Leprosy in India: report of the Leprosy Commission in India, 1890-91
Year: 1890
Disease focus: Leprosy
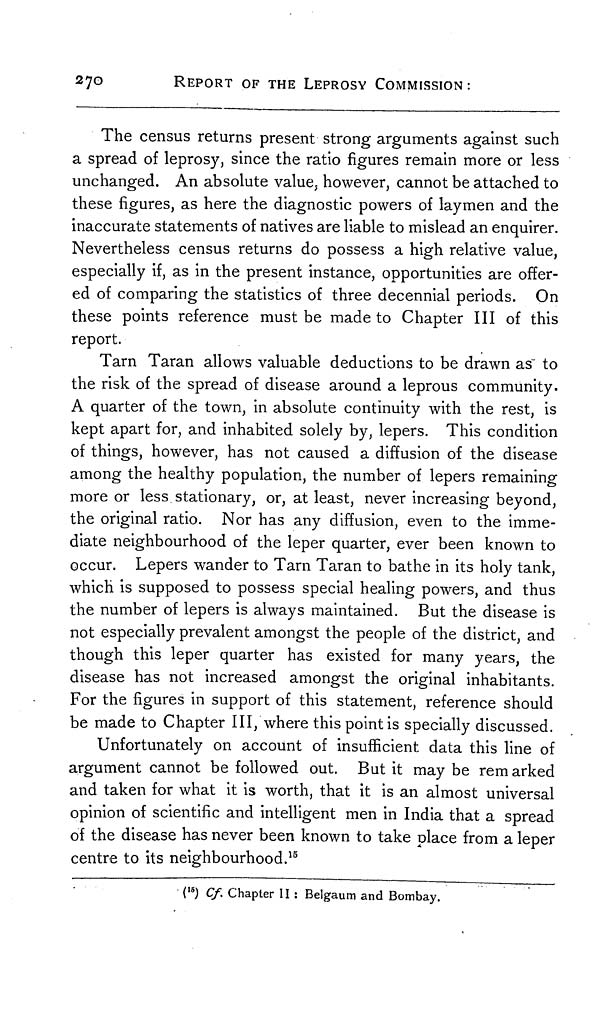
270
REPORT OF THE LEPROSY COMMISSION:
The census returns present strong arguments against such
a spread of leprosy, since the ratio figures remain more or less
unchanged. An absolute value, however, cannot be attached to
these figures, as here the diagnostic powers of laymen and the
inaccurate statements of natives are liable to mislead an enquirer.
Nevertheless census returns do possess a high relative value,
especially if, as in the present instance, opportunities are offer-
ed of comparing the statistics of three decennial periods. On
these points reference must be made to Chapter III of this
report.
Tarn Taran allows valuable deductions to be drawn as' to
the risk of the spread of disease around a leprous community.
A quarter of the town, in absolute continuity with the rest, is
kept apart for, and inhabited solely by, lepers. This condition
of things, however, has not caused a diffusion of the disease
among the healthy population, the number of lepers remaining
more or less stationary, or, at least, never increasing beyond,
the original ratio. Nor has any diffusion, even to the imme-
diate neighbourhood of the leper quarter, ever been known to
occur. Lepers wander to Tarn Taran to bathe in its holy tank,
which is supposed to possess special healing powers, and thus
the number of lepers is always maintained. But the disease is
not especially prevalent amongst the people of the district, and
though this leper quarter has existed for many years, the
disease has not increased amongst the original inhabitants.
For the figures in support of this statement, reference should
be made to Chapter III, where this point is specially discussed.
Unfortunately on account of insufficient data this line of
argument cannot be followed out. But it may be remarked
and taken for what it is worth, that it is an almost universal
opinion of scientific and intelligent men in India that a spread
of the disease has never been known to take place from a leper
centre to its neighbourhood. 15
( 15 ) Cf. Chapter II : Belgaum and Bombay.